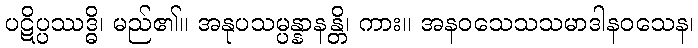
ပဋိပ္ပဿဒ္ဓိ၊ မည်၏။ အနုပသမ္ပန္နာနန္တိ၊ ကား။ အနဝသေသသမာဒါနဝသေန၊